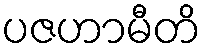
ပဇဟာမီတိ